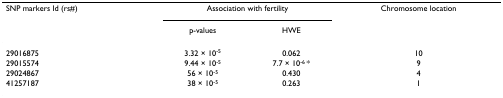
<table><thead><tr><td><b>SNP markers Id (rs#)</b></td><td colspan="2"><b>Association with fertility</b></td><td><b>Chromosome location</b></td></tr><tr><td></td><td><b>p-values</b></td><td><b>HWE</b></td><td></td></tr></thead><tbody><tr><td>29016875</td><td>3.32 × 10<sup>-5</sup></td><td>0.062</td><td>10</td></tr><tr><td>29015574</td><td>9.44 × 10<sup>-5</sup></td><td>7.7 × 10<sup>-6 </sup>*</td><td>9</td></tr><tr><td>29024867</td><td>56 × 10<sup>-5</sup></td><td>0.430</td><td>4</td></tr><tr><td>41257187</td><td>38 × 10<sup>-5</sup></td><td>0.263</td><td>1</td></tr></tbody></table>